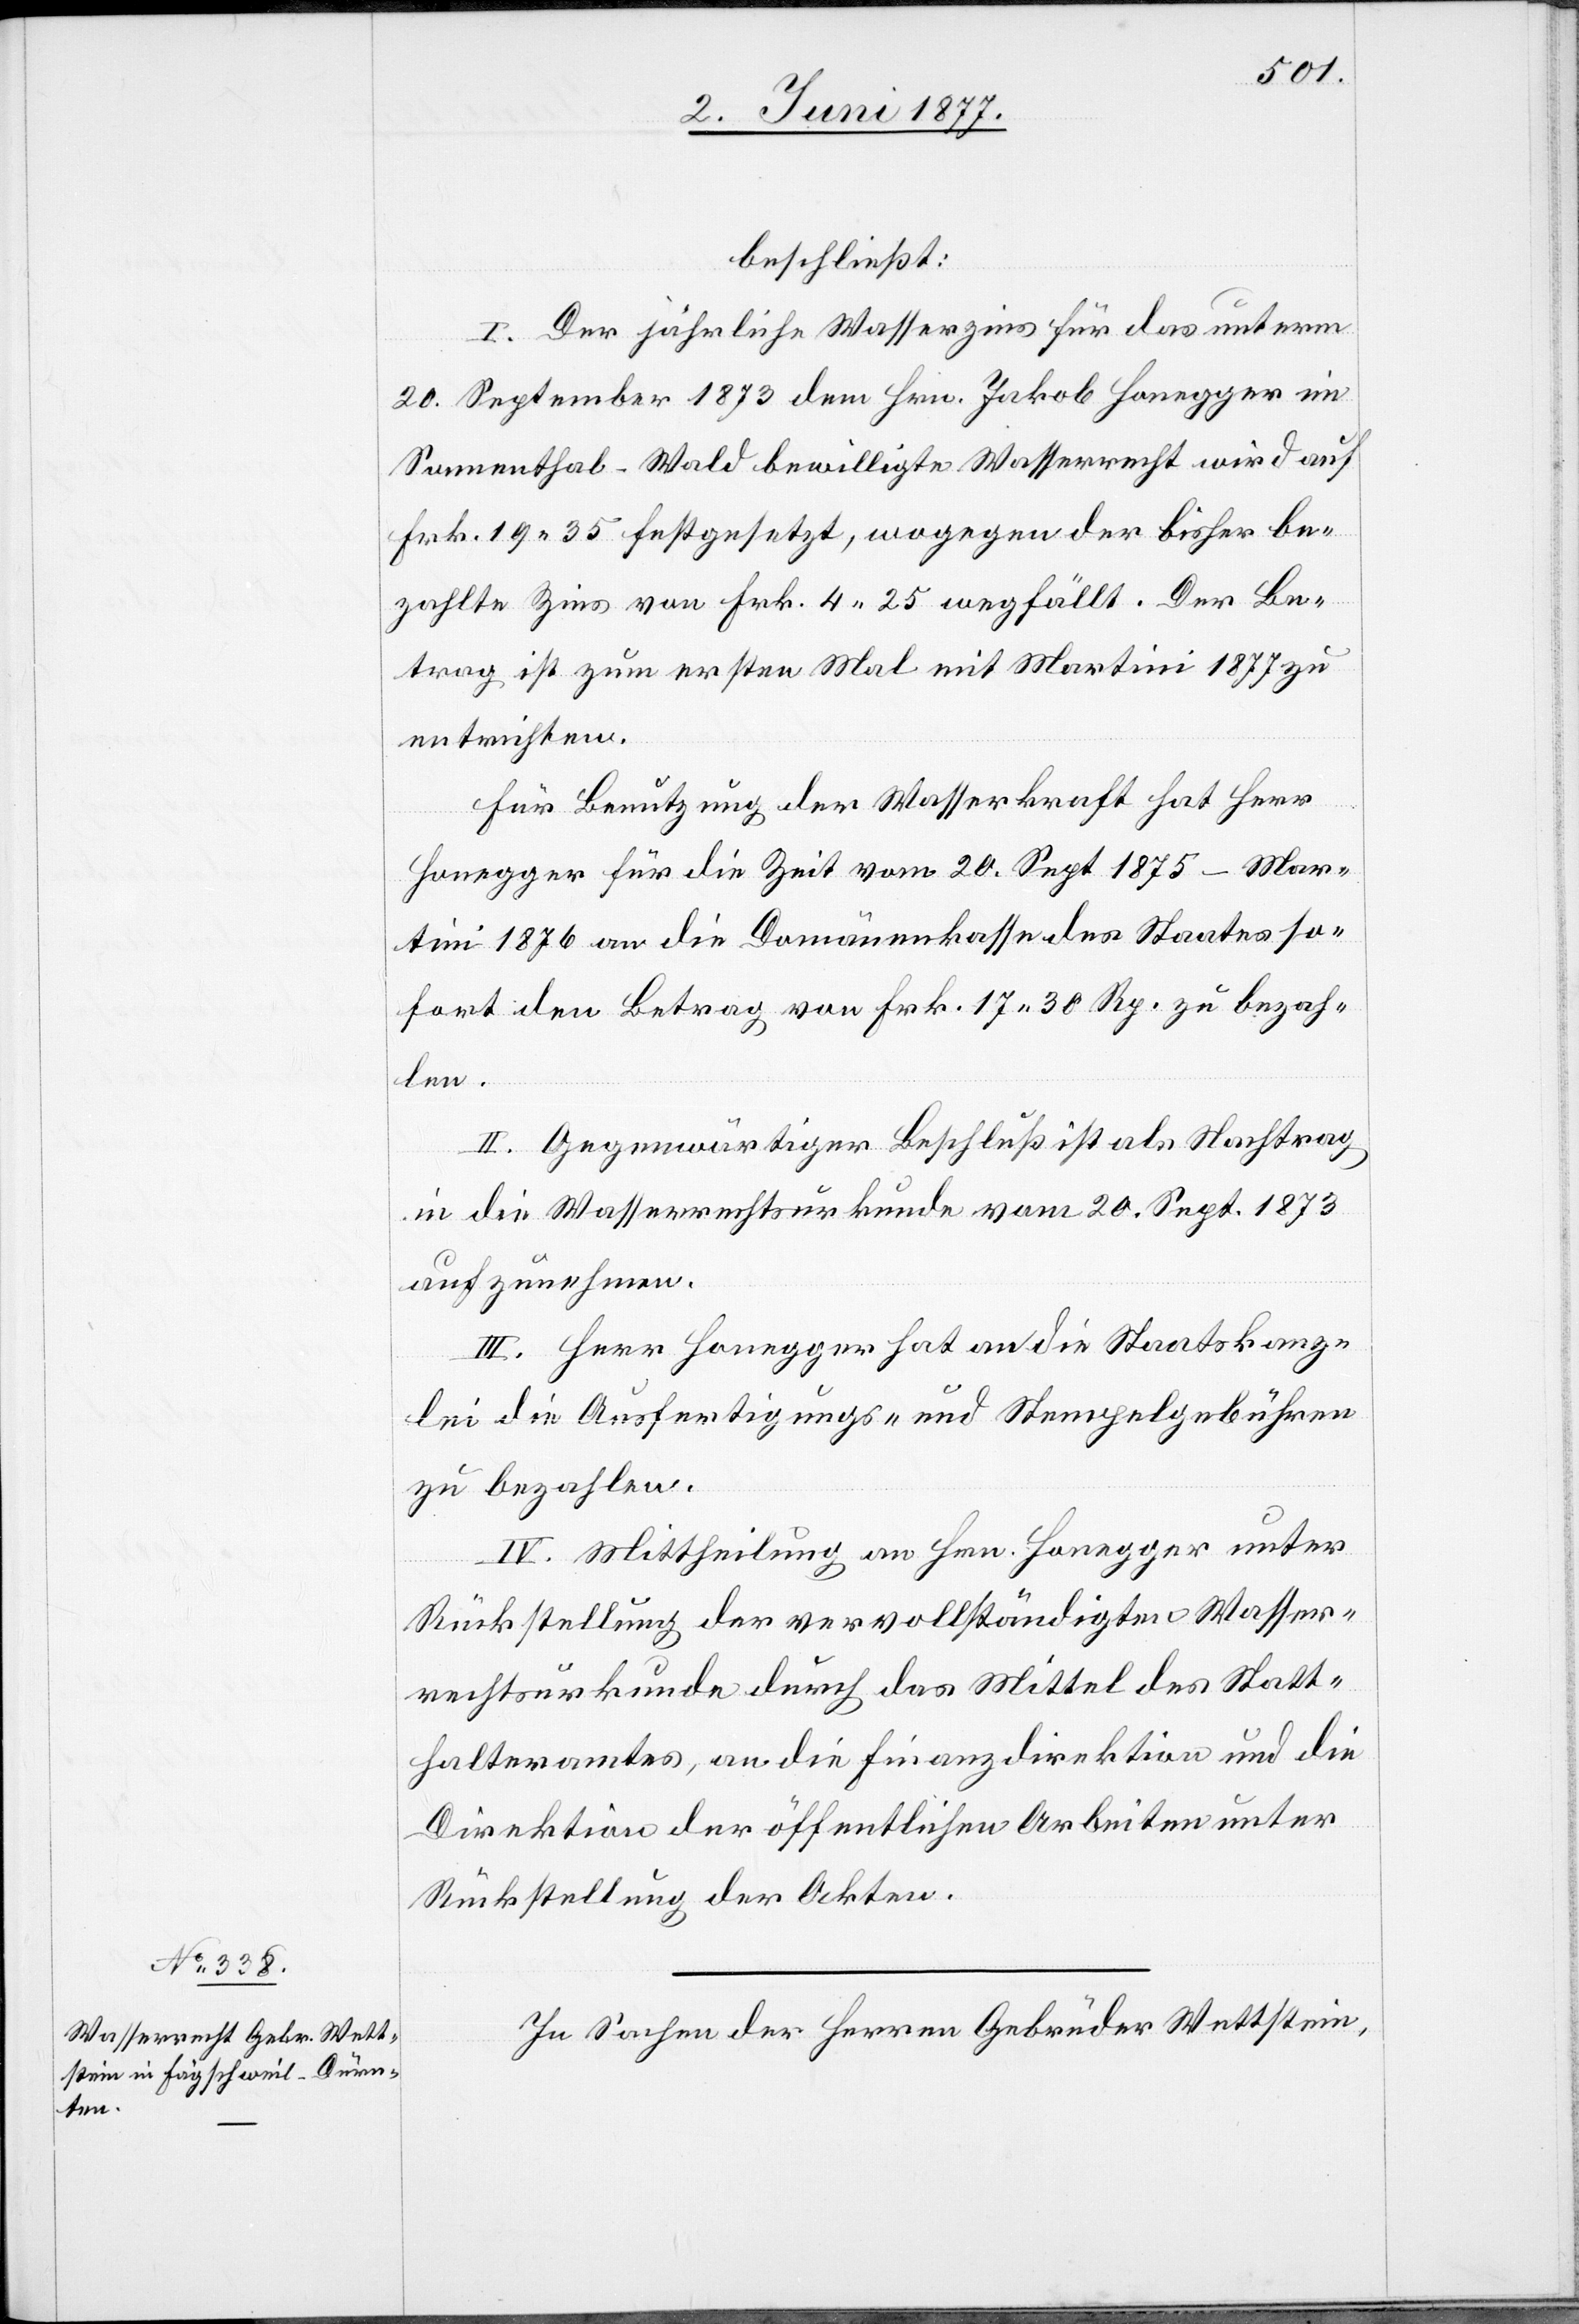
beschließt:
I. Der jährliche Wasserzins für das unterm
20 September 1873 dem Hrn. Jakob Honegger im
Sonnenthal - Wald bewilligte Wasserrecht wird auf
Frk. 19 35 festgesetzt, wogegen der bisher be¬
zahlte Zins von Frk. 4 25 wegfällt. Der Be¬
trag ist zum ersten Mal mit Martini 1877 zu
entrichten.
Für Benutzung der Wasserkraft hat Herr
Honegger für die Zeit vom 20. Sept. 1875–Mar¬
tini 1876 an die Domänenkasse des Staates so¬
fort den Betrag von Frk. 17 30 Rp. zu bezah¬
len.
II. Gegenwärtiger Beschluß ist als Nachtrag
in die Wasserrechtsurkunde vom 20. Sept. 1873
aufzunehmen.
III. Herr Honegger hat an die Staatskanz¬
lei die Ausfertigungs- und Stempelgebühren
zu bezahlen.
IV. Mittheilung an Hrn. Honegger unter
Rückstellung der vervollständigten Wasser¬
rechtsurkunde durch das Mittel des Statt¬
halteramtes, an die Finanzdirektion und die
Direktion der öffentlichen Arbeiten unter
Rückstellung der Akten.
In Sachen der Herren Gebrüder Wettstein,